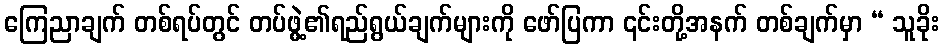
ကြေညာချက် တစ်ရပ်တွင် တပ်ဖွဲ့၏ရည်ရွယ်ချက်များကို ဖော်ပြကာ ၎င်းတို့အနက် တစ်ချက်မှာ “ သူခိုး